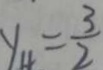
y _ { 4 } = \frac { 3 } { 2 }